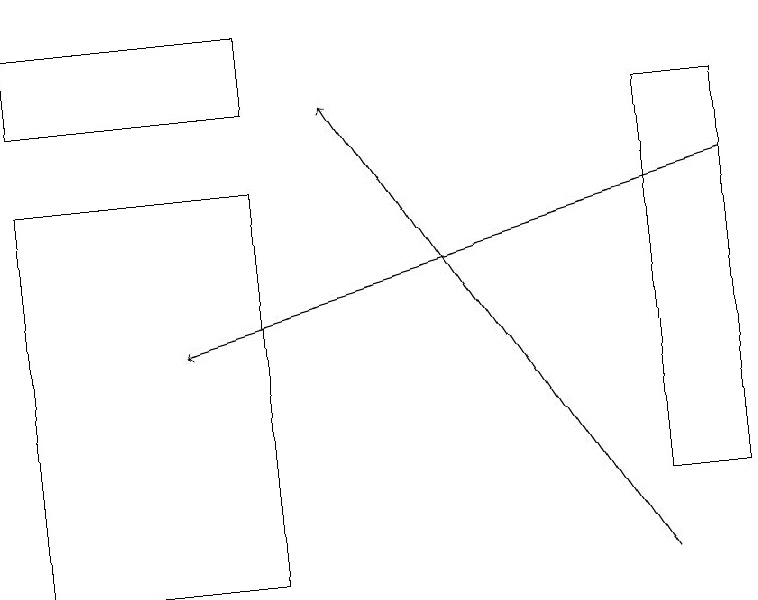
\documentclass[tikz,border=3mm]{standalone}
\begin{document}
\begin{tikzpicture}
\draw (3,11) rectangle (0,16);
\draw (8,17) rectangle (9,12);
\draw[->] (9,16) -- (2,14);
\draw (0,17) rectangle (3,18);
\draw[->] (8,11) -- (4,17);
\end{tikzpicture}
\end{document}